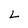
Character: L